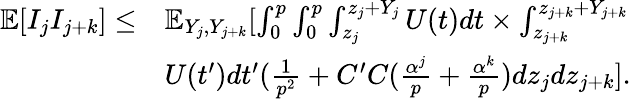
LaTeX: \begin{array}{rl}{\mathbb{E}[I_{j}I_{j+k}]\leq}&{\mathbb{E}_{Y_{j},Y_{j+k}}[\int_{0}^{p}\int_{0}^{p}\int_{z_{j}}^{z_{j}+Y_{j}}U(t)dt\times\int_{z_{j+k}}^{z_{j+k}+Y_{j+k}}}\\ &{U(t^{\prime})dt^{\prime}(\frac{1}{p^{2}}+C^{\prime}C(\frac{\alpha^{j}}{p}+\frac{\alpha^{k}}{p})dz_{j}dz_{j+k}].}\end{array}